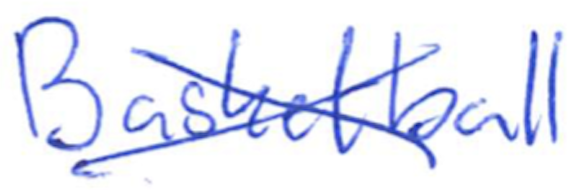
Text: Basketball
Cross-out: cross
Writing tool: ballpoint